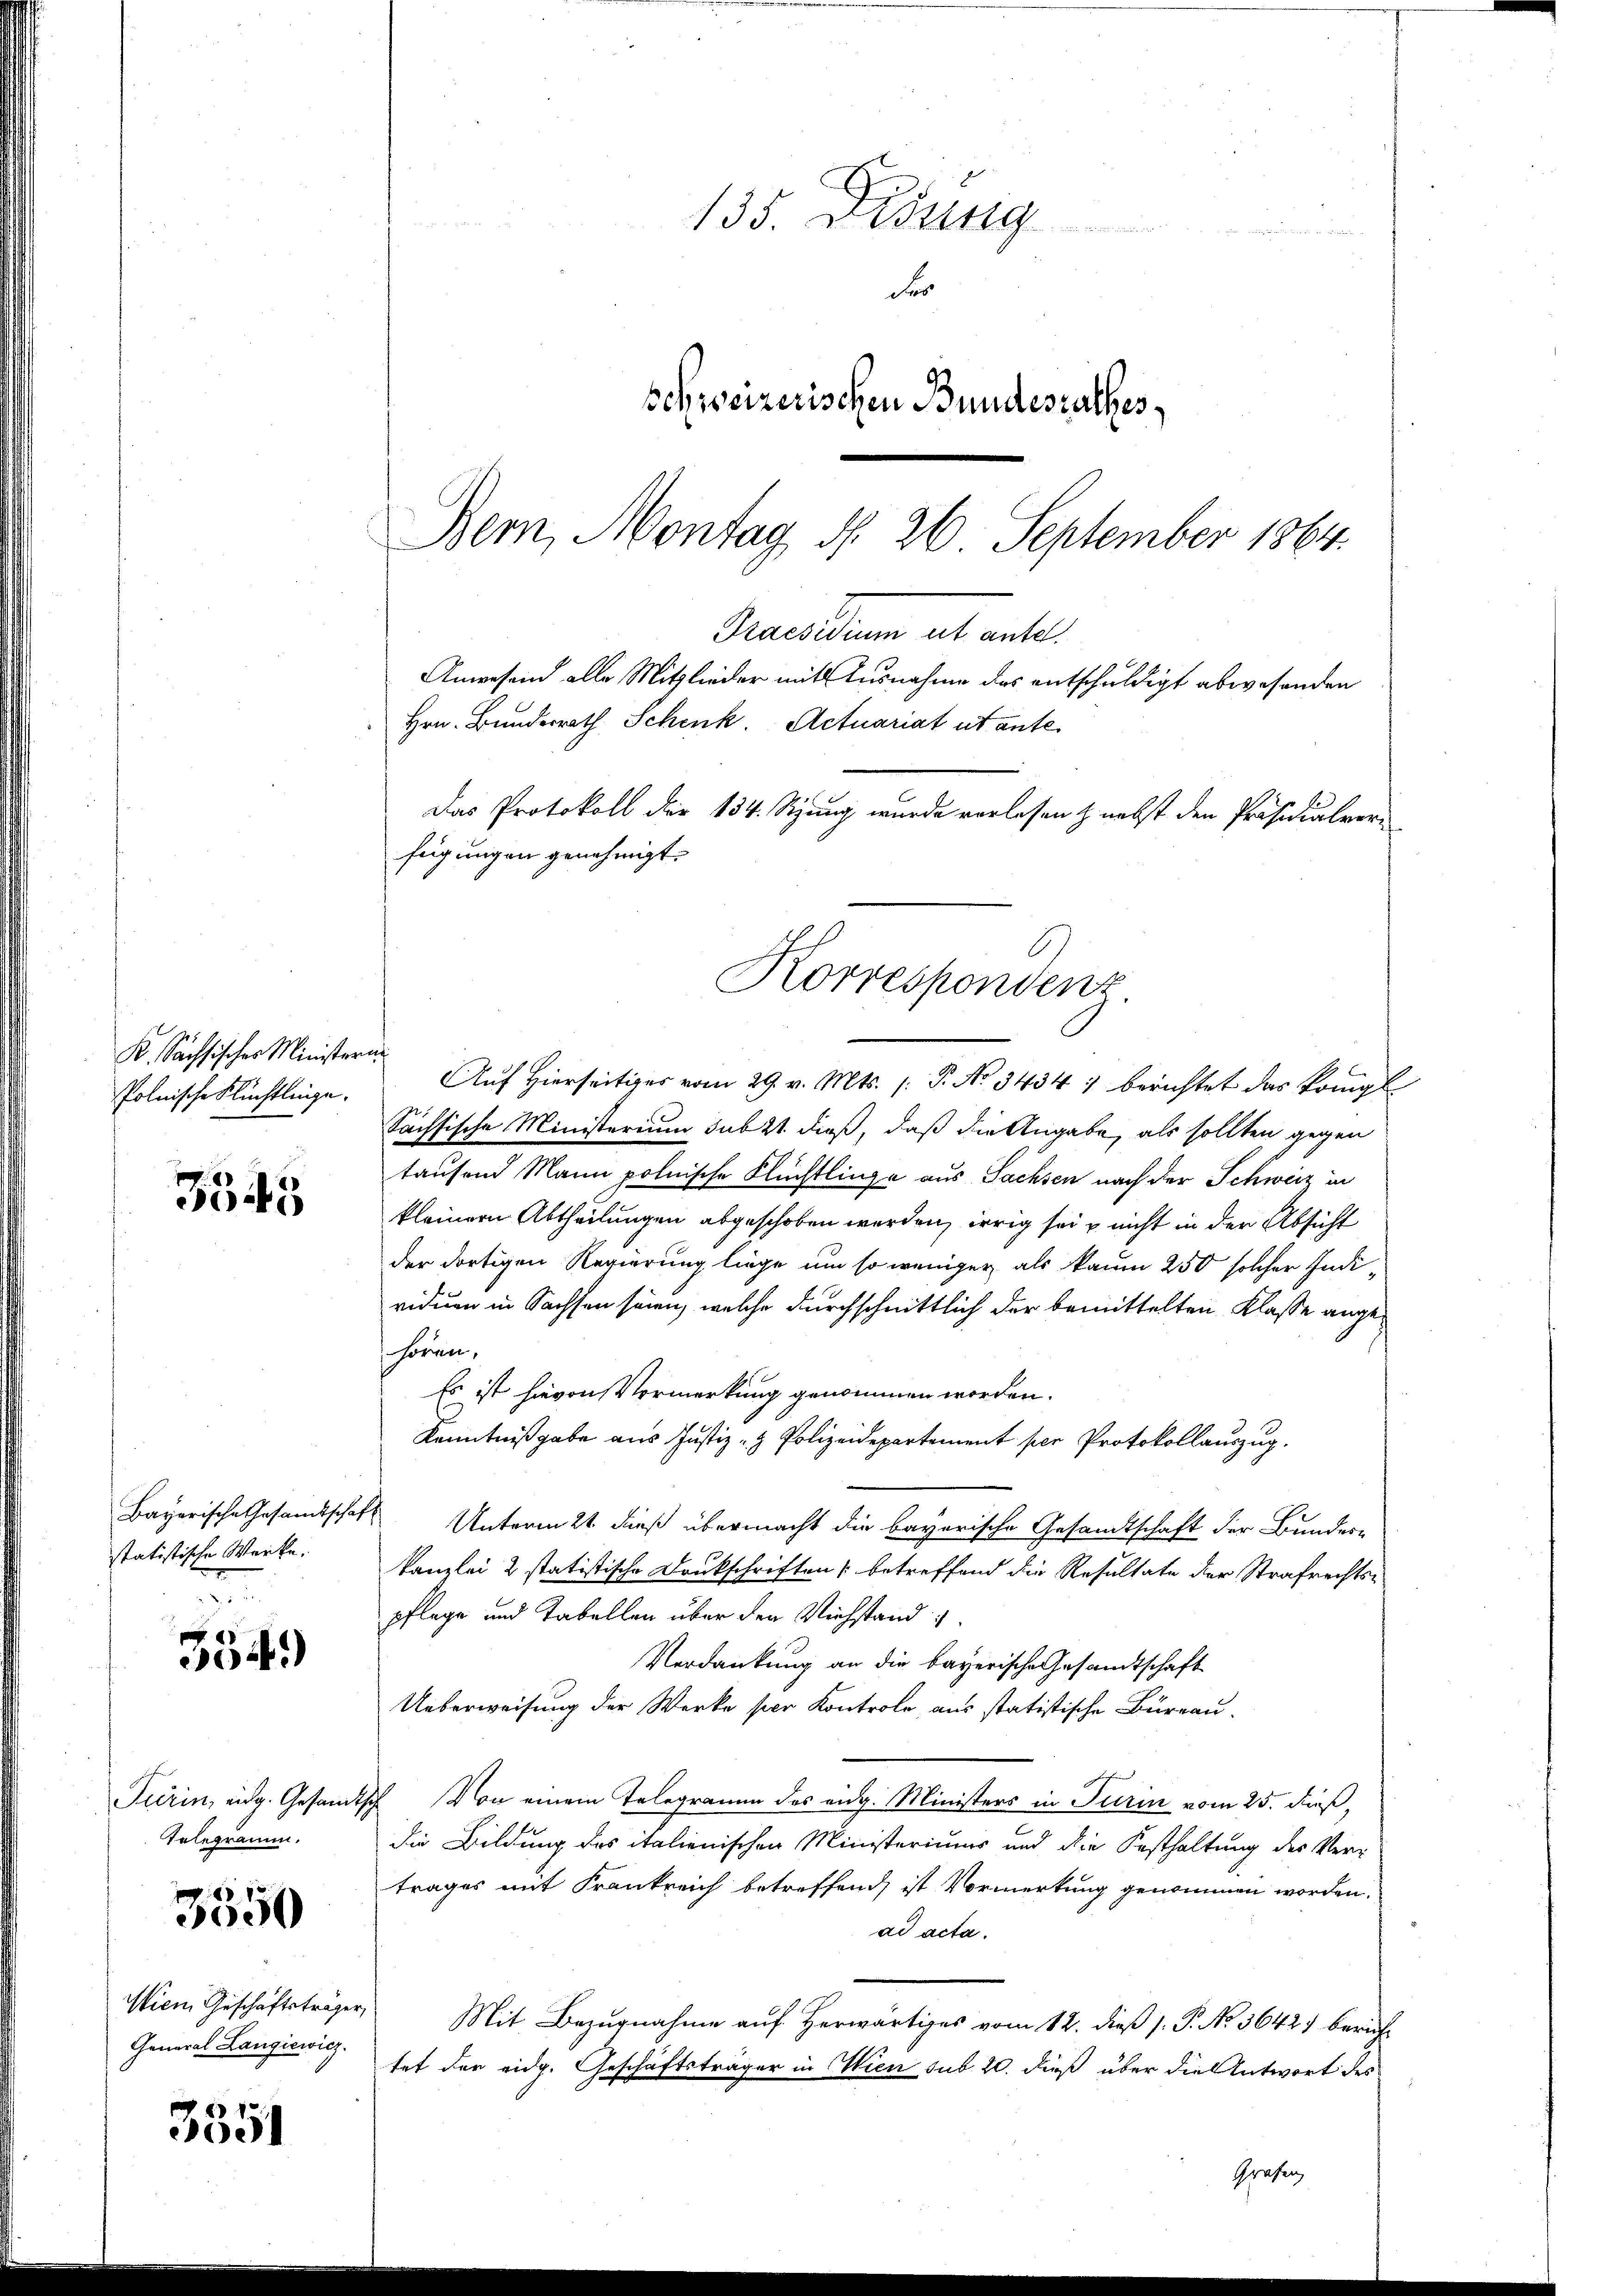
K. Sachsisches Ministern.
Polnische Flüchtlinge.

3545

statistische Werke.

354)

Gelegramm.

3550

Wien Geschäftsträger,
General Langiewicz

3551

135. Diennig
der
schweizerischen Bundesrathes,
Bern, Montag d. 26. September 1864.

Praesidium es entl
Anwesend alle Mitglieder mit Ausnahme des entschuldigt abwesenden
Hrn. Bundesrath Schenk. Actuariat ut ante.
Das Protokoll der 134. Sitzung wurde vorlesen z. nebst den Präsidialver-
fügungen genehmigt.
Korrespondenz

Auf Hierseitiges vom 29. v. Mts. (: P. No 3434) berichtet das Königl
Sächsische Ministerium sub 21. dieß, daß die Angabe, als sollten gegen
tausend Mann polnische Flüchtlinge aus Sachsen nach der Schweiz in
kleiner Abtheilungen abgeschoben werden, irrig sei nicht in der Absicht
der dortigen Regierung liege um so weniger als kaum 250 solcher Individuen in Sachsen seien, welche durchschnittlich der bemittelten Klasse angehören,
Es ist hievon Vormerkung genommen worden.
Kenntnißgabe aus Justiz- & Polizeidepartement per Protokollauszug.
Bayerische Gesandtschaft Unterm 21 dieß übermacht die bayerische Gesandtschaft der Bunder-
kanzlei 2 statistische Dankschriften (betreffend die Resultate der Strafrechtspflege und Tabellen über der Viehstand
Verdankung an die bayerische Gesandtschaft
Ueberweisung der Werke per Kontrole, aus statistische Büreau-
Pierin, eidg. Gesandtsch Von einem Telegramm des eidg. Ministers in Turin vom 25. dieß,
die Bildung des italienischen Ministeriums und die Festhaltung des Vertrages mit Frankreich betreffend ist Vormerkung genommen worden.
ad acta.
Mit Bezugnahme auf Herwärtiges vom 12. dieß s. P. No. 3642) berichtet der eidg. Geschäftsträger in Wien sub 20. dieß über die Antwort des
Grafen,